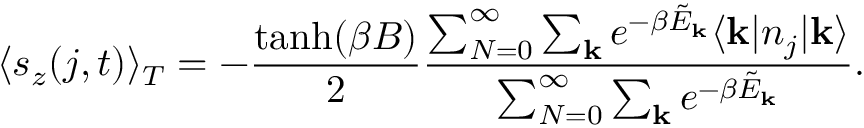
\langle s _ { z } ( j , t ) \rangle _ { T } = - \frac { \operatorname { t a n h } ( \beta B ) } { 2 } \frac { \sum _ { N = 0 } ^ { \infty } \sum _ { \mathbf { k } } e ^ { - \beta \tilde { E } _ { \mathbf { k } } } \langle \mathbf { k } | n _ { j } | \mathbf { k } \rangle } { \sum _ { N = 0 } ^ { \infty } \sum _ { \mathbf { k } } e ^ { - \beta \tilde { E } _ { \mathbf { k } } } } .